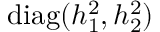
\mathrm { d i a g } ( h _ { 1 } ^ { 2 } , h _ { 2 } ^ { 2 } )